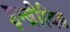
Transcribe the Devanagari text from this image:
इन्ब्रीदिङ